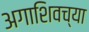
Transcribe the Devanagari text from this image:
अगाशिवच्या